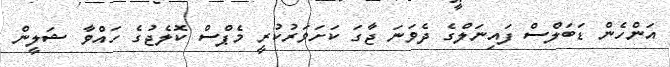
އަންހެން ޑަބަލްސް ފައިނަލްގެ ދެވަނަ ޖާގަ ކަށަވަރުކުރީ މެޕްސް ކޮލެޖުގެ ހައްވާ ޝަލީން